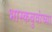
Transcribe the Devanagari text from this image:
भास्कबुवांच्या